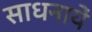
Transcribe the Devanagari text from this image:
साधनायें